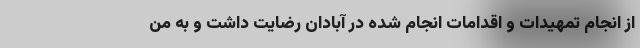
از انجام تمهیدات و اقدامات انجام شده در آبادان رضایت داشت و به من